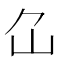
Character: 𡴲